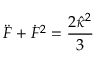
\ddot { F } + \dot { F } ^ { 2 } = \frac { 2 \hat { \kappa } ^ { 2 } } { 3 }